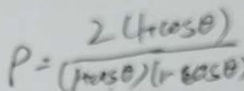
\rho = \frac { 2 ( 1 + \cos \theta ) } { ( 1 + \cos \theta ) ( 1 - \cos \theta ) }